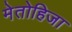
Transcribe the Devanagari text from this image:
मेतोहिजा